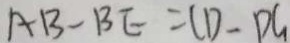
A B = B E = C D - P C